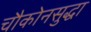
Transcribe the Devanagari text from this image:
चौकोनसुद्धा